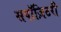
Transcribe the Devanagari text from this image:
सपॉज़िटरी